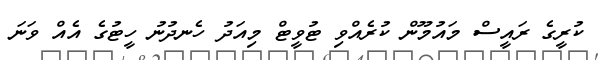
ކުރީގެ ރައީސް މައުމޫން ކުރެއްވި ޓުވީޓް މިއަދު ހެނދުނު ހީޓުގެ އެއް ވަނަ